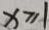
x \geq 1